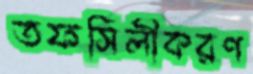
তফসিলীকরণ